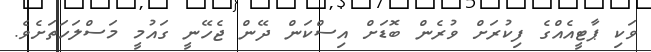
ވަކި ޕާޓީއެއްގެ ފިކުރަށް ވުރެން ބޮޑަށް އިސްކަން ދޭން ޖެހޭނީ ގައުމީ މަސްލަހަތަށެވެ.